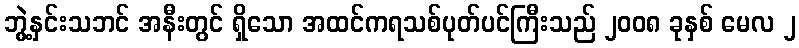
ဘွဲ့နှင်းသဘင် အနီးတွင် ရှိသော အထင်ကရသစ်ပုတ်ပင်ကြီးသည် ၂၀၀၈ ခုနှစ် မေလ ၂